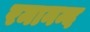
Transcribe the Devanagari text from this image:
रमानन्द